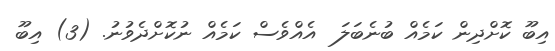
އިބޫ ކޮށްދިން ކަމެއް ބުނެބަލަ  އެއްވެސް ކަމެއް ނުކޮށްދެވުނު. (3) އިބޫ